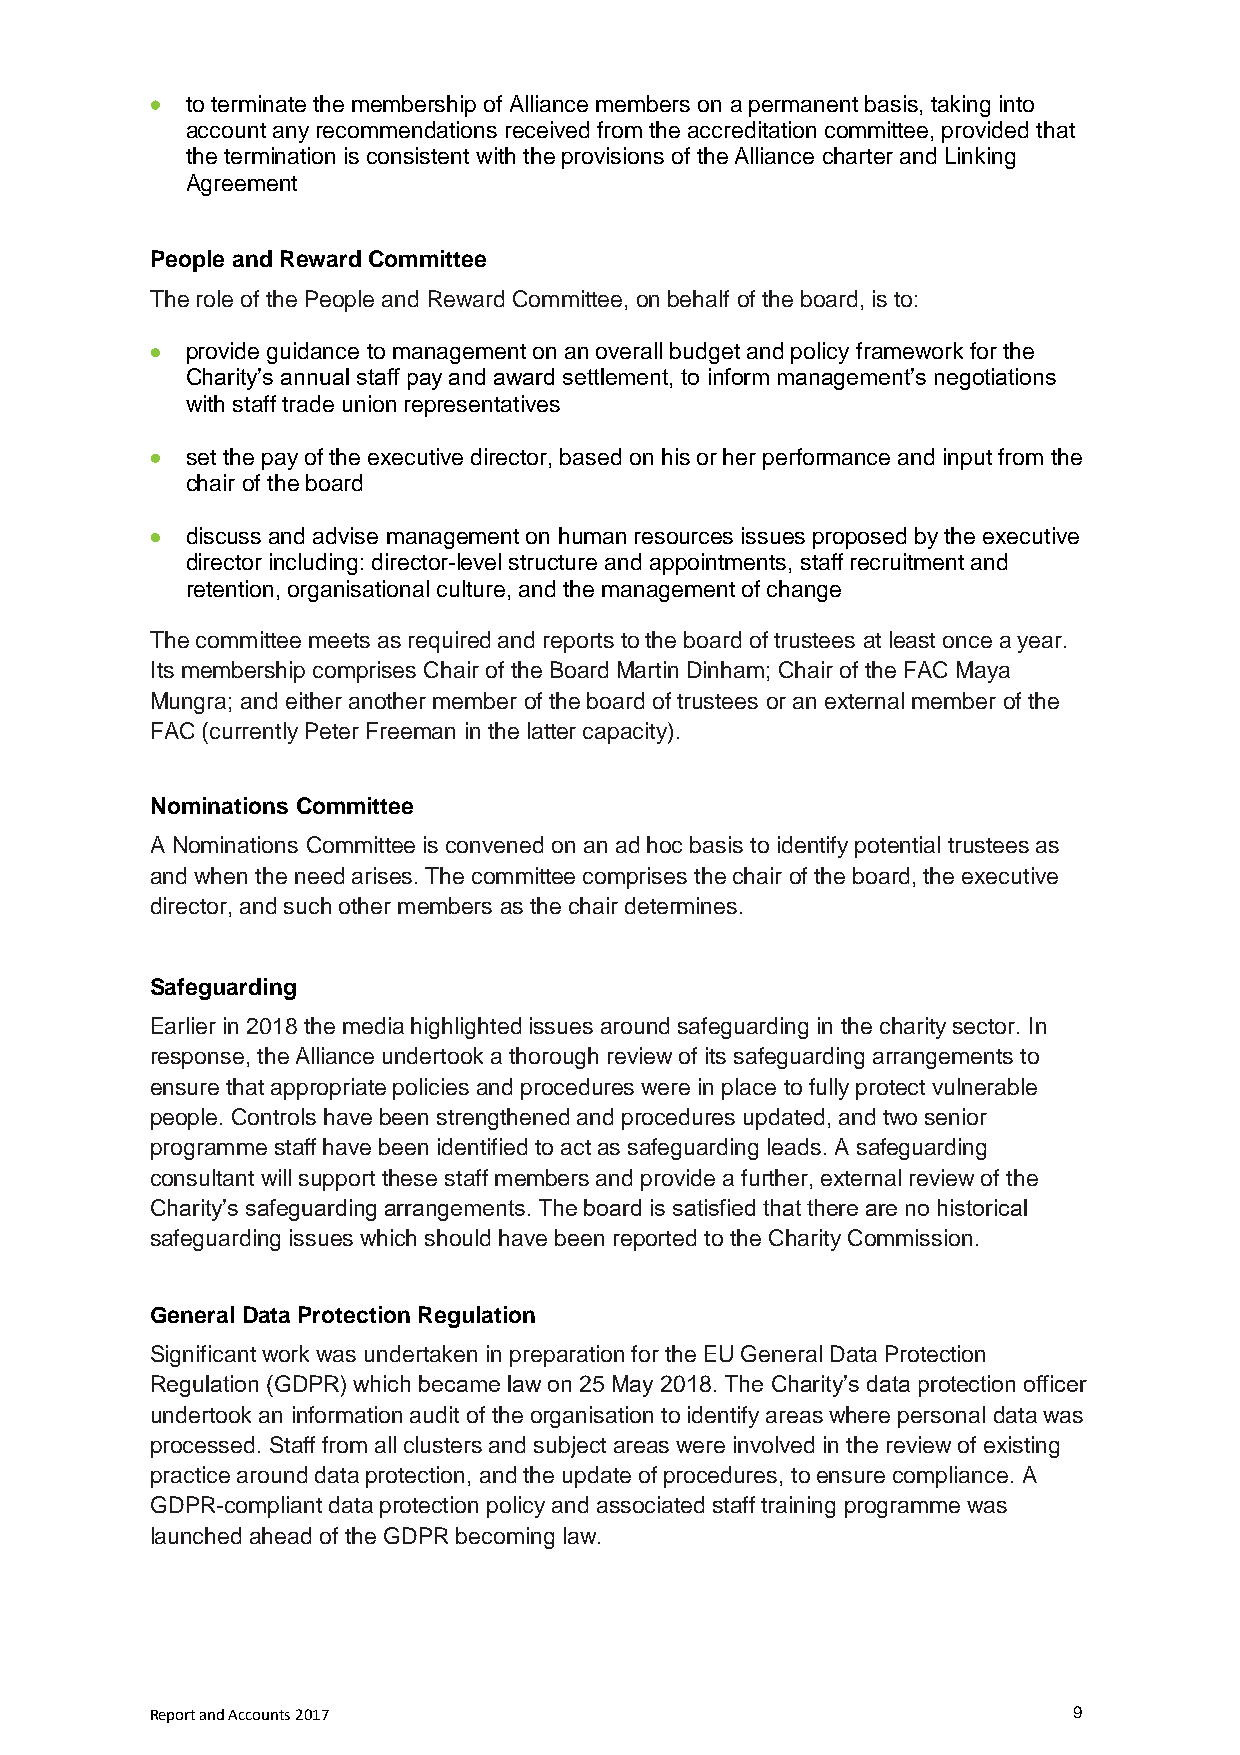
 to terminate the membership of Alliance members on a permanent basis, taking into
 account any recommendations received from the accreditation committee, provided that
 the termination is consistent with the provisions of the Alliance charter and Linking
 Agreement
 People and Reward Committee
 The role of the People and Reward Committee, on behalf of the board, is to:
  provide guidance to management on an overall budget and policy framework for the
 Charity’s annual staff pay and award settlement, to inform management’s negotiations
 with staff trade union representatives
  set the pay of the executive director, based on his or her performance and input from the
 chair of the board
  discuss and advise management on human resources issues proposed by the executive
 director including: director-level structure and appointments, staff recruitment and
 retention, organisational culture, and the management of change
 The committee meets as required and reports to the board of trustees at least once a year.
 Its membership comprises Chair of the Board Martin Dinham; Chair of the FAC Maya
 Mungra; and either another member of the board of trustees or an external member of the
 FAC (currently Peter Freeman in the latter capacity).
 Nominations Committee
 A Nominations Committee is convened on an ad hoc basis to identify potential trustees as
 and when the need arises. The committee comprises the chair of the board, the executive
 director, and such other members as the chair determines.
 Safeguarding
 Earlier in 2018 the media highlighted issues around safeguarding in the charity sector. In
 response, the Alliance undertook a thorough review of its safeguarding arrangements to
 ensure that appropriate policies and procedures were in place to fully protect vulnerable
 people. Controls have been strengthened and procedures updated, and two senior
 programme staff have been identified to act as safeguarding leads. A safeguarding
 consultant will support these staff members and provide a further, external review of the
 Charity’s safeguarding arrangements. The board is satisfied that there are no historical
 safeguarding issues which should have been reported to the Charity Commission.
 General Data Protection Regulation
 Significant work was undertaken in preparation for the EU General Data Protection
 Regulation (GDPR) which became law on 25 May 2018. The Charity’s data protection officer
 undertook an information audit of the organisation to identify areas where personal data was
 processed. Staff from all clusters and subject areas were involved in the review of existing
 practice around data protection, and the update of procedures, to ensure compliance. A
 GDPR-compliant data protection policy and associated staff training programme was
 launched ahead of the GDPR becoming law.
 Report and Accounts 2017                                     9